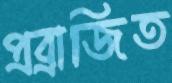
প্রব্রাজিত